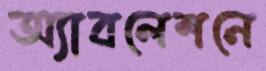
অ্যাবলেশনে